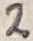
Text: 2